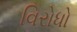
વિરોધો